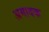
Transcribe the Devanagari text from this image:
अमादक